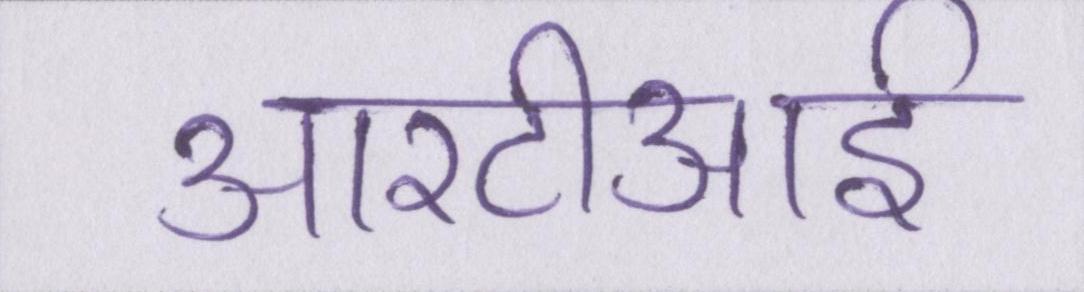
आरटीआई